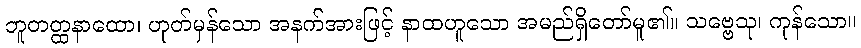
ဘူတတ္ထနာထော၊ ဟုတ်မှန်သော အနက်အားဖြင့် နာထဟူသော အမည်ရှိတော်မူ၏။ သဗ္ဗေသု၊ ကုန်သော။